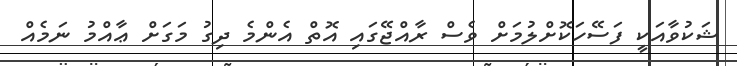
ޝަކުވާއަކީ ފަސޭހަކޮށްލުމަށް ވެސް ރާއްޖޭގައި އޮތް އެންމެ ދިގު މަގަށް ޢާއްމު ނަމެއް